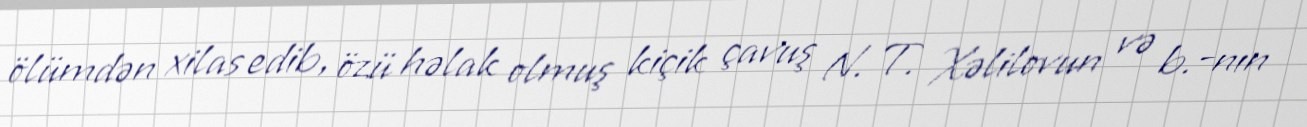
ölümdən xilas edib, özü həlak olmuş kiçik çavuş N. T. Xəlilovun və b.-nın